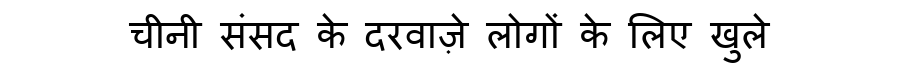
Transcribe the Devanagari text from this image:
चीनी संसद के दरवाज़े लोगों के लिए खुले